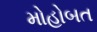
મોહોબત